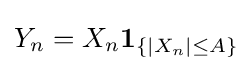
Y_{n}=X_{n}\mathbf {1} _{\{|X_{n}|\leq A\}}